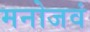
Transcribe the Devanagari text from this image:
मनोजवं